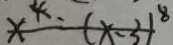
x ^ { 4 } = ( x - 3 ) ^ { 8 }